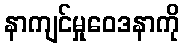
နာကျင်မှုဝေဒနာကို